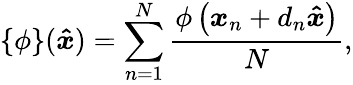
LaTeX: \{ \phi\} (\boldsymbol{\hat{x}})=\sum_{n=1}^{N}\frac{\phi\left(\boldsymbol{x}_{n}+d_{n}\boldsymbol{\hat{x}}\right)}{N},